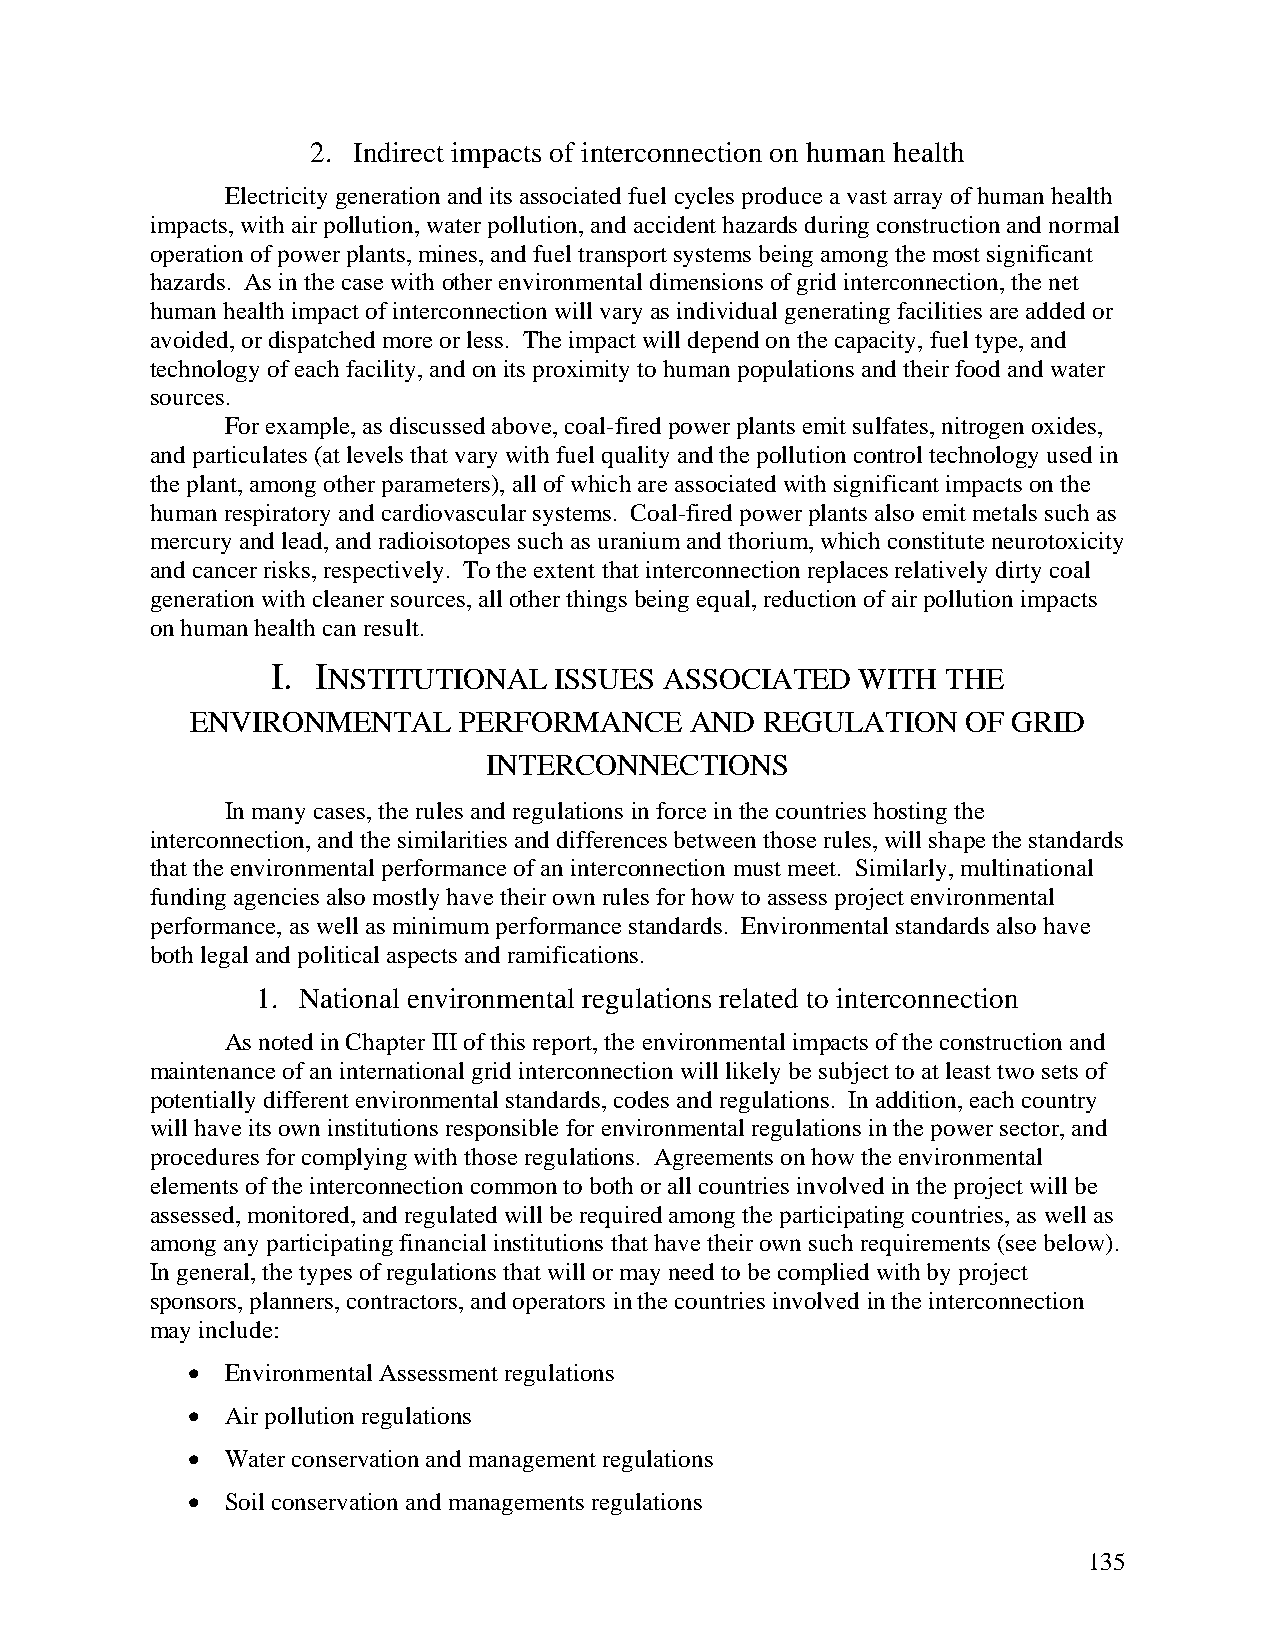
2. Indirect impacts of interconnection on human health
 Electricity generation and its associated fuel cycles produce a vast array of human health
 impacts, with air pollution, water pollution, and accident hazards during construction and normal
 operation of power plants, mines, and fuel transport systems being among the most significant
 hazards. As in the case with other environmental dimensions of grid interconnection, the net
 human health impact of interconnection will vary as individual generating facilities are added or
 avoided, or dispatched more or less. The impact will depend on the capacity, fuel type, and
 technology of each facility, and on its proximity to human populations and their food and water
 sources.
 For example, as discussed above, coal-fired power plants emit sulfates, nitrogen oxides,
 and particulates (at levels that vary with fuel quality and the pollution control technology used in
 the plant, among other parameters), all of which are associated with significant impacts on the
 human respiratory and cardiovascular systems. Coal-fired power plants also emit metals such as
 mercury and lead, and radioisotopes such as uranium and thorium, which constitute neurotoxicity
 and cancer risks, respectively. To the extent that interconnection replaces relatively dirty coal
 generation with cleaner sources, all other things being equal, reduction of air pollution impacts
 on human health can result.
 I. INSTITUTIONAL   ISSUES ASSOCIATED   WITH  THE
 ENVIRONMENTAL    PERFORMANCE     AND  REGULATION   OF GRID
 INTERCONNECTIONS
 In many cases, the rules and regulations in force in the countries hosting the
 interconnection, and the similarities and differences between those rules, will shape the standards
 that the environmental performance of an interconnection must meet. Similarly, multinational
 funding agencies also mostly have their own rules for how to assess project environmental
 performance, as well as minimum performance standards. Environmental standards also have
 both legal and political aspects and ramifications.
 1. National environmental regulations related to interconnection
 As noted in Chapter III of this report, the environmental impacts of the construction and
 maintenance of an international grid interconnection will likely be subject to at least two sets of
 potentially different environmental standards, codes and regulations. In addition, each country
 will have its own institutions responsible for environmental regulations in the power sector, and
 procedures for complying with those regulations. Agreements on how the environmental
 elements of the interconnection common to both or all countries involved in the project will be
 assessed, monitored, and regulated will be required among the participating countries, as well as
 among any participating financial institutions that have their own such requirements (see below).
 In general, the types of regulations that will or may need to be complied with by project
 sponsors, planners, contractors, and operators in the countries involved in the interconnection
 may include:
 •  Environmental Assessment regulations
 •  Air pollution regulations
 •  Water conservation and management regulations
 •  Soil conservation and managements regulations
 135